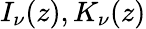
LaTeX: I_{\nu}(z),K_{\nu}(z)